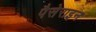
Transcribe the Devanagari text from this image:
पैसेराइन